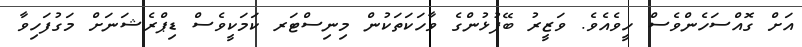
އަށް ގޮއްސަހެންވެސް ހީވެއެވެ. ވަޒީރު ބޭފުޅުންގެ ވާހަކަތަކުން މިނިސްޓަރ ކަމަކީވެސް ޑިޕްރެޝަނަށް މަގުފަހިވާ